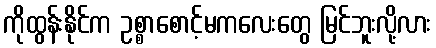
ကိုထွန်းနိုင်က ဥစ္စာစောင့်မကလေးတွေ မြင်ဘူးလို့လား